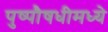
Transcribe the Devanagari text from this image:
पुष्पौषधीमध्ये